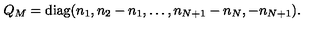
Q _ { M } = \mathrm { d i a g } ( n _ { 1 } , n _ { 2 } - n _ { 1 } , \dots , n _ { N + 1 } - n _ { N } , - n _ { N + 1 } ) .